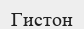
Гистон